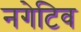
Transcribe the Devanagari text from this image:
नगेटिव